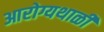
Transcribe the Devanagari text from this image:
आरोग्यथाळी